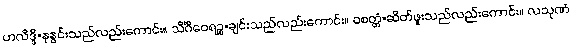
ဟလိဒ္ဒိ=နနွင်းသည်လည်းကောင်း။ သိင်္ဂီဝေရဉ္စ=ချင်းသည်လည်းကောင်း။ ဝစတ္တံ=ဆိတ်ဖူးသည်လည်းကောင်း။ လသုဏံ